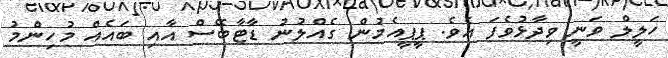
ހަލީލް ވަނީ ވިދާޅުވެފަ އެވެ. ޕީޕީއެމުން ގެއްލުނު ޑާޓާބޭސް އާއި ބައެއް މުހިންމު